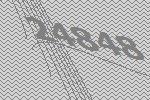
24848